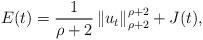
LaTeX: \begin{align*}E(t)=\frac{1}{\rho+2 }\left \| u_{t} \right \|_{\rho+2}^{\rho+2}+J(t),\end{align*}